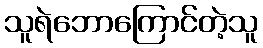
သူရဲဘောကြောင်တဲ့သူ